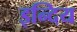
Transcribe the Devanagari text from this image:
इन्दिय